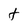
Character: t